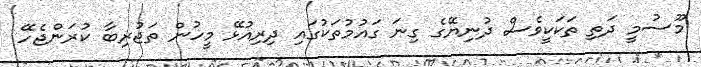
މޫސުމީ ދަތި ތަކަކީވެސް ދުނިޔޭގެ ގިނަ ގައުމުތަކުގައި ދިރިއުޅޭ މީހުން ތަޖުރިބާ ކުރަންޖެހޭ